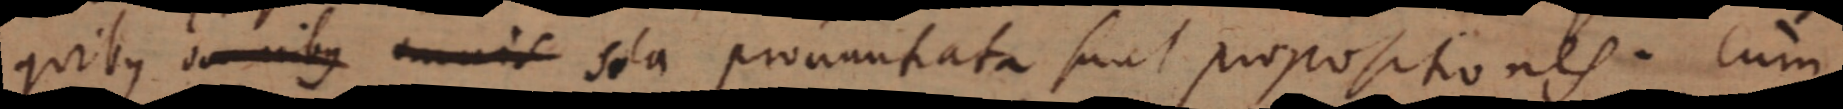
quibus omnibus omnis sola prouantata sunt propositiones. Cum